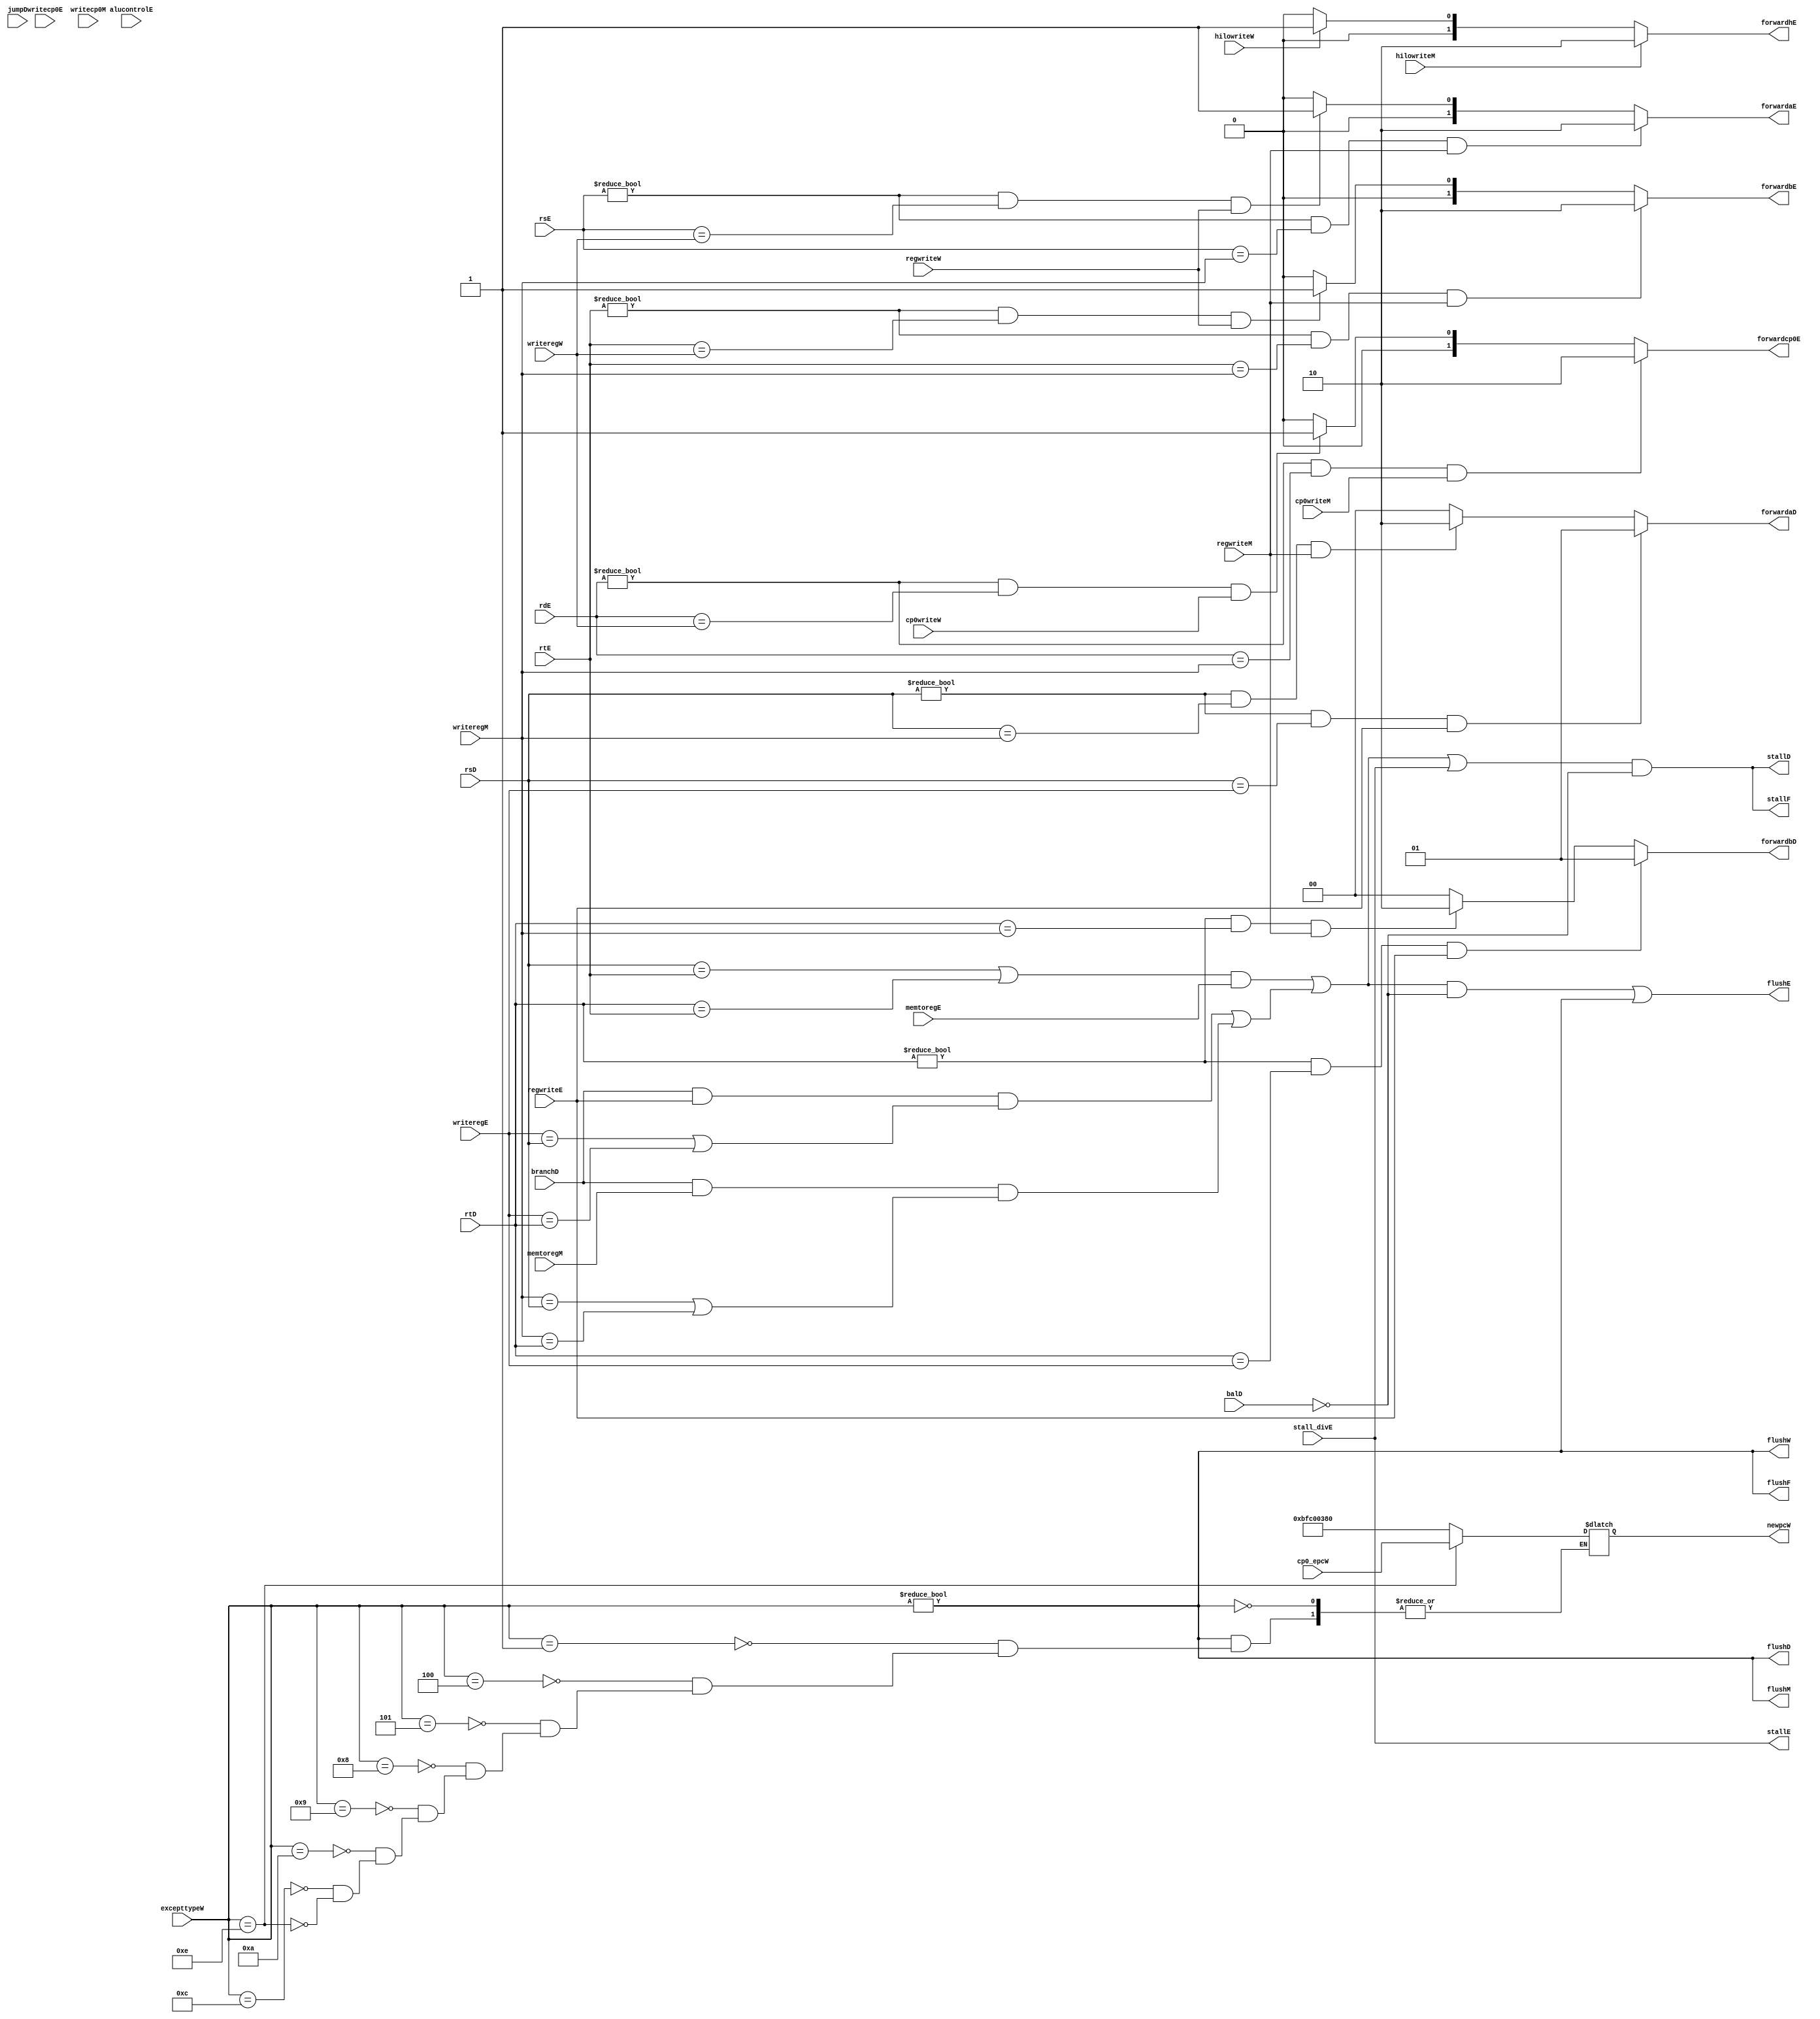
module hazard(stallF,flushF,rsD,rtD,branchD,balD,jumpD,forwardaD,forwardbD,stallD,flushD,
			  alucontrolE,rsE,rtE,rdE,writeregE,writecp0E,regwriteE,memtoregE,
			  stall_divE,forwardaE,forwardbE,forwardhE,forwardcp0E,flushE,stallE,
			  writeregM,writecp0M,regwriteM,cp0writeM,memtoregM,hilowriteM,flushM,
			  excepttypeW,cp0_epcW,newpcW,writeregW,regwriteW,hilowriteW,cp0writeW,flushW);
	
	// fetch stage
	output     [0:0] stallF;
	output wire flushF;

	// decode stage
	input wire [4:0] rsD;
	input wire [4:0] rtD;
	input wire [0:0] branchD;
	input wire [0:0] balD; // add the bal signal
	input wire [0:0] jumpD; // add the jump signal
	output reg [1:0] forwardaD;
	output reg [1:0] forwardbD;
	output 	   [0:0] stallD;
	output wire flushD;//

	// execute stage
	input wire [4:0] alucontrolE;
	input wire [4:0] rsE;
	input wire [4:0] rtE;
	input wire [4:0] rdE;
	input wire [4:0] writeregE;
	input wire [4:0] writecp0E;//
	input wire [0:0] regwriteE;
	input wire [0:0] memtoregE;
	input wire stall_divE;//
	output reg [1:0] forwardaE;
	output reg [1:0] forwardbE;
	output reg [1:0] forwardhE;
	output reg [1:0] forwardcp0E;//
	output wire [0:0] flushE;
	output wire stallE;//

	// mem stage
	input wire [4:0] writeregM;
	input wire [4:0] writecp0M;//
	input wire [0:0] regwriteM;
	input wire [0:0] cp0writeM;// 
	input wire [0:0] memtoregM;
	input wire hilowriteM;
	output wire flushM;//

	// write back stage
	input wire [31:0] excepttypeW;//
	input wire [31:0] cp0_epcW;
	output reg [31:0] newpcW;
	input wire [4:0] writeregW;
	input wire [0:0] regwriteW;
	input wire hilowriteW;
	input wire cp0writeW;
	output wire flushW;//

	// === data push forward logic === //

	// == decode stage == //

	// Operand srca 
	always @ (*) 
	begin
		if((rsD != 5'b00000) && (rsD == writeregE) && regwriteE)
		begin
			forwardaD <= 2'b01;
		end
		else if((rsD != 5'b00000) && (rsD == writeregM) && regwriteM)
		begin
			forwardaD <= 2'b10;
		end
		else
		begin
			forwardaD <= 2'b00;
		end
	end

	// Operand srcb
	always @ (*) 
	begin
		if((rtD != 5'b00000) && (rtD == writeregE) && regwriteE)
		begin
			forwardbD <= 2'b01;
		end
		else if((rtD != 5'b00000) && (rtD == writeregM) && regwriteM)
		begin
			forwardbD <= 2'b10;
		end
		else
		begin
			forwardbD <= 2'b00;
		end
	end

	// == execute stage == //

	// Operand srca 
	always @ (*) 
	begin
		if((rsE != 5'b00000) && (rsE == writeregM) && regwriteM)
		begin
			forwardaE <= 2'b10;
		end
		else if((rsE != 5'b00000) && (rsE == writeregW) && regwriteW)
		begin
			forwardaE <= 2'b01;
		end
		else
		begin
			forwardaE <= 2'b00;
		end
	end

	// Operand srcb
	always @ (*) 
	begin
		if((rtE != 5'b00000) && (rtE == writeregM) && regwriteM)
		begin
			forwardbE <= 2'b10;
		end
		else if((rtE != 5'b00000) && (rtE == writeregW) && regwriteW)
		begin
			forwardbE <= 2'b01;
		end
		else
		begin
			forwardbE <= 2'b00;
		end
	end 

	//forwardhiloE
	always @ (*)
	begin
		if(hilowriteM)
		begin
			forwardhE <= 2'b10;
		end
		else if(hilowriteW)
		begin
			forwardhE <= 2'b01;
		end
		else
		begin
			forwardhE <= 2'b00;
		end
	end

	//forwardcp0E
	always @ (*)
	begin
		if((rdE != 5'b0) && (rdE == writeregM) && cp0writeM)
		begin
			forwardcp0E <= 2'b10;
		end
		else if((rdE != 5'b0) && (rdE == writeregW) && cp0writeW)
		begin
			forwardcp0E <= 2'b01;
		end
		else
		begin
			forwardcp0E <= 2'b00;
		end
	end

	// === pipeline pause logic === //

	// lw stall
	wire lwstall;
	// assign lwstall = ((rsD == rtE) || (rtD == rtE)) && memtoregE;
	assign lwstall = ((rsD == rtE) | (rtD == rtE)) & memtoregE;

	// branch stall
	wire branchstall;
	// assign branchstall = (branchD && regwriteE && 
	// 					  ((writeregE == rsD) || (writeregE == rtD)))
	// 				  || (branchD && memtoregM &&
	// 				  	  ((writeregM == rsD) || (writeregM == rtD)));
	assign branchstall = branchD & regwriteE & 
						  ((writeregE == rsD) | (writeregE == rtD))
					   | branchD & memtoregM &
					  	  ((writeregM == rsD) | (writeregM == rtD));

	wire flush_except;
	assign flush_except = (excepttypeW !=32'b0);

	// assign stallF  = lwstall || branchstall;
	// assign stallD  = lwstall || branchstall;
	// assign flushE  = lwstall || branchstall;
	assign stallF  = (lwstall | branchstall | stall_divE) & (~ balD);
	assign stallD  = (lwstall | branchstall | stall_divE) & (~ balD);
	assign flushE  = ((lwstall | branchstall) & (~ balD)) | flush_except;
	assign stallE  = stall_divE;
	assign flushF  = flush_except;
	assign flushD  = flush_except;
	assign flushM  = flush_except;
	assign flushW  = flush_except;

	//assign forwardhE = ((alucontrolE == `MFHI_CONTROL || alucontrolE == `MFLO_CONTROL) && hilowriteM == 1'b1)? 1'b1:1'b0;

	//assign forwardcp0E = ((rdE != 0) && rdE == writecp0M && cp0writeM) ?1'b1: 1'b0;

	always @(*) 
	begin
        if(excepttypeW != 32'b0) 
        begin
            case (excepttypeW)
                32'h00000001:begin 
                    newpcW <= 32'hBFC00380;
                end
                32'h00000004:begin 
                    newpcW <= 32'hBFC00380;
                end
                32'h00000005:begin 
                    newpcW <= 32'hBFC00380;
                end
                32'h00000008:begin 
                    newpcW <= 32'hBFC00380;
                end
                32'h00000009:begin 
                    newpcW <= 32'hBFC00380;
                end
                32'h0000000a:begin 
                    newpcW <= 32'hBFC00380;
                end
                32'h0000000c:begin 
                    newpcW <= 32'hBFC00380;
                end
                32'h0000000e:begin 
                    newpcW <= cp0_epcW;
                end
                default : ;
            endcase
        end
    end

	
endmodule